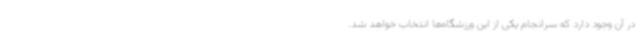
در آن وجود دارد که سرانجام یکی از این ورزشگاه‌ها انتخاب خواهد شد.